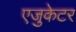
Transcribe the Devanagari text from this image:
एजुकेटर